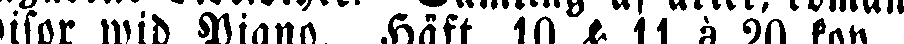
wisor wid Piano. Häst. 10 & 11 à 20 kop.